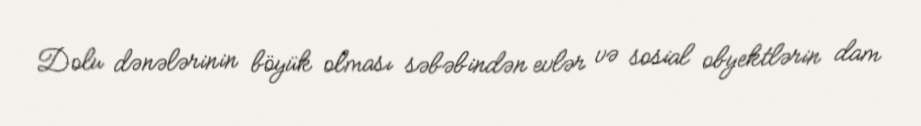
Dolu dənələrinin böyük olması səbəbindən evlər və sosial obyektlərin dam